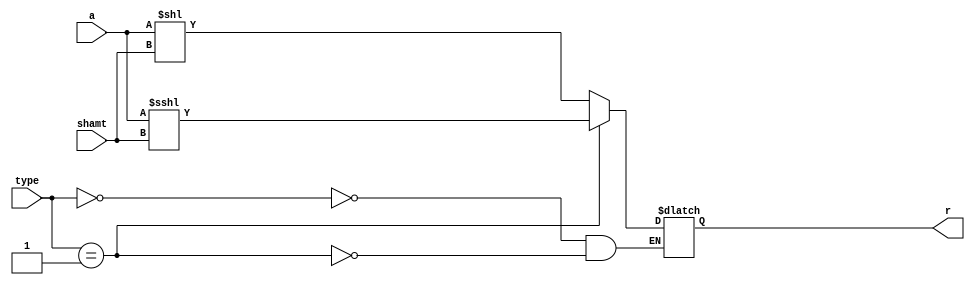
`timescale 1ns / 1ps
//////////////////////////////////////////////////////////////////////////////////
// Company: 
// Engineer: 
// 
// Design Name: 
// Module Name: shifter
// Project Name: 
// Target Devices: 
// Tool Versions: 
// Description: 
// 
// Dependencies: 
// 
// Revision:
// Revision 0.01 - File Created
// Additional Comments:
// 
//////////////////////////////////////////////////////////////////////////////////


module shifter(
input [31:0] a, 
input [4:0] shamt, 
input [1:0] type, 
output reg [31:0] r
    );
    
    always@(*)begin
        case(type)
            2'b00:
                r = a<<shamt;
            2'b01:
                r = a<<<shamt;
            2'b01:
                r = a>>shamt;
        endcase
    end
endmodule